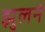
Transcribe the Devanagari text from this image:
झुलने